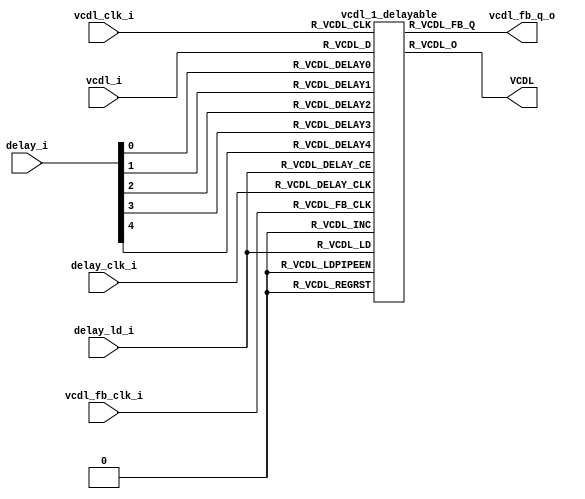
`timescale 1ns / 1ps
////////////////////////////////////////////////////////////////////////////////
// This file is a part of the Antarctic Impulsive Transient Antenna (ANITA)
// project, a collaborative scientific effort between multiple institutions. For
// more information, contact Peter Gorham (gorham@phys.hawaii.edu).
//
// All rights reserved.
//
// Author:
// Author:
////////////////////////////////////////////////////////////////////////////////
module vcdl_1_wrapper(
		input vcdl_i,
		input vcdl_clk_i,

		input [4:0] delay_i,
		input delay_ld_i,
		input delay_clk_i,
		
		input vcdl_fb_clk_i,
		output vcdl_fb_q_o,
		
		output VCDL
    );

	vcdl_1_delayable u_vcdl1( .R_VCDL_D(vcdl_i),
									  .R_VCDL_CLK(vcdl_clk_i),
									  .R_VCDL_O(VCDL),
									  
									  .R_VCDL_FB_CLK(vcdl_fb_clk_i),
									  .R_VCDL_FB_Q(vcdl_fb_q_o),
									  
									  .R_VCDL_LD(delay_ld_i),
									  .R_VCDL_DELAY0(delay_i[0]),
									  .R_VCDL_DELAY1(delay_i[1]),
									  .R_VCDL_DELAY2(delay_i[2]),
									  .R_VCDL_DELAY3(delay_i[3]),
									  .R_VCDL_DELAY4(delay_i[4]),
									  .R_VCDL_DELAY_CE(delay_ld_i),
									  .R_VCDL_DELAY_CLK(delay_clk_i),
									  
									  .R_VCDL_INC(1'b0),
									  .R_VCDL_REGRST(1'b0),
									  .R_VCDL_LDPIPEEN(1'b0));

endmodule

module vcdl_1_delayable( input R_VCDL_D,
								 input R_VCDL_CLK,
								 output R_VCDL_O,
								 input R_VCDL_FB_CLK,
								 output R_VCDL_FB_Q,
								 input R_VCDL_LD,
								 input R_VCDL_DELAY0,
								 input R_VCDL_DELAY1,
								 input R_VCDL_DELAY2,
								 input R_VCDL_DELAY3,
								 input R_VCDL_DELAY4,
								 input R_VCDL_DELAY_CE,
								 input R_VCDL_DELAY_CLK,
								 input R_VCDL_INC,
								 input R_VCDL_REGRST,
								 input R_VCDL_LDPIPEEN);

endmodule